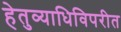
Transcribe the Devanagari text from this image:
हेतुव्याधिविपरीत